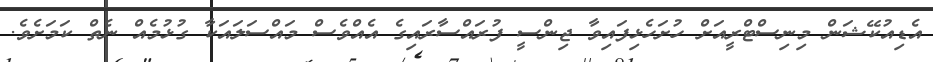
އެޑިއުކޭޝަން މިނިސްޓްރީއަށް ހުށަހެޅިފައިވާ ޖިންސީ ފުރައްސާރައިގެ އެއްވެސް މައްސަލައަކާ ގުޅުމެއް ނެތް ކަމަށެވެ.